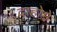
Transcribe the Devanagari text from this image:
दाहोमे